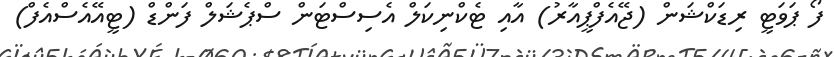
ފޯ ޕަވަޓީ ރިޑަކްޝަން (ޖޭއެފްޕީއާރު) އާއި ޓެކްނިކަލް އެސިސްޓަން ސްޕެޝަލް ފަންޑް (ޓީއޭއެސްއެފް)